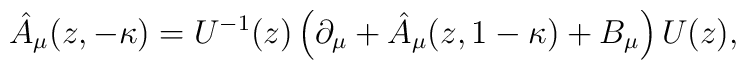
\hat A_\mu(z,-\kappa)= U^{-1}(z)\left(\partial_{\mu}+\hat A_\mu(z,1-\kappa)+B_\mu\right)U(z),